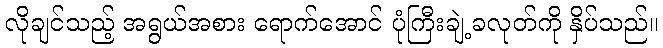
လိုချင်သည့် အရွယ်အစား ရောက်အောင် ပုံကြီးချဲ့ခလုတ်ကို နှိပ်သည်။